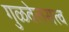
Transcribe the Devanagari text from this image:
गुळवेलसत्त्व